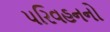
પરિવહનનો